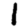
Digit: 1